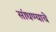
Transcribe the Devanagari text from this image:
सांधण्याचे